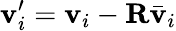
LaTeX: \mathbf{v}_{i}^{\prime}=\mathbf{v}_{i}-\mathbf{R}\bar{\mathbf{v}}_{i}